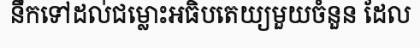
នឹកទៅដល់ជម្លោះអធិបតេយ្យមួយចំនួន ដែល